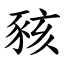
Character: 豥